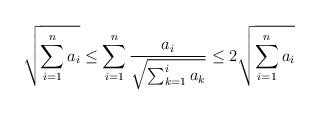
LaTeX: \begin{align*} \sqrt{ \sum_{i=1}^{n} a_i } \leq \sum_{i=1}^{n} \frac{a_i}{ \sqrt{ \sum_{k=1}^{i} a_k } } \leq 2 \sqrt{ \sum_{i=1}^{n} a_i } \end{align*}